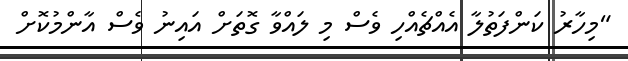
"މިހާރު ކަންފަތުލާ އެއްޗެއްހި ވެސް މި ލައްވާ ގޮތަށް އައިނު ވެސް އާންމުކޮށް